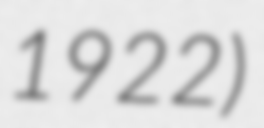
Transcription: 1922)